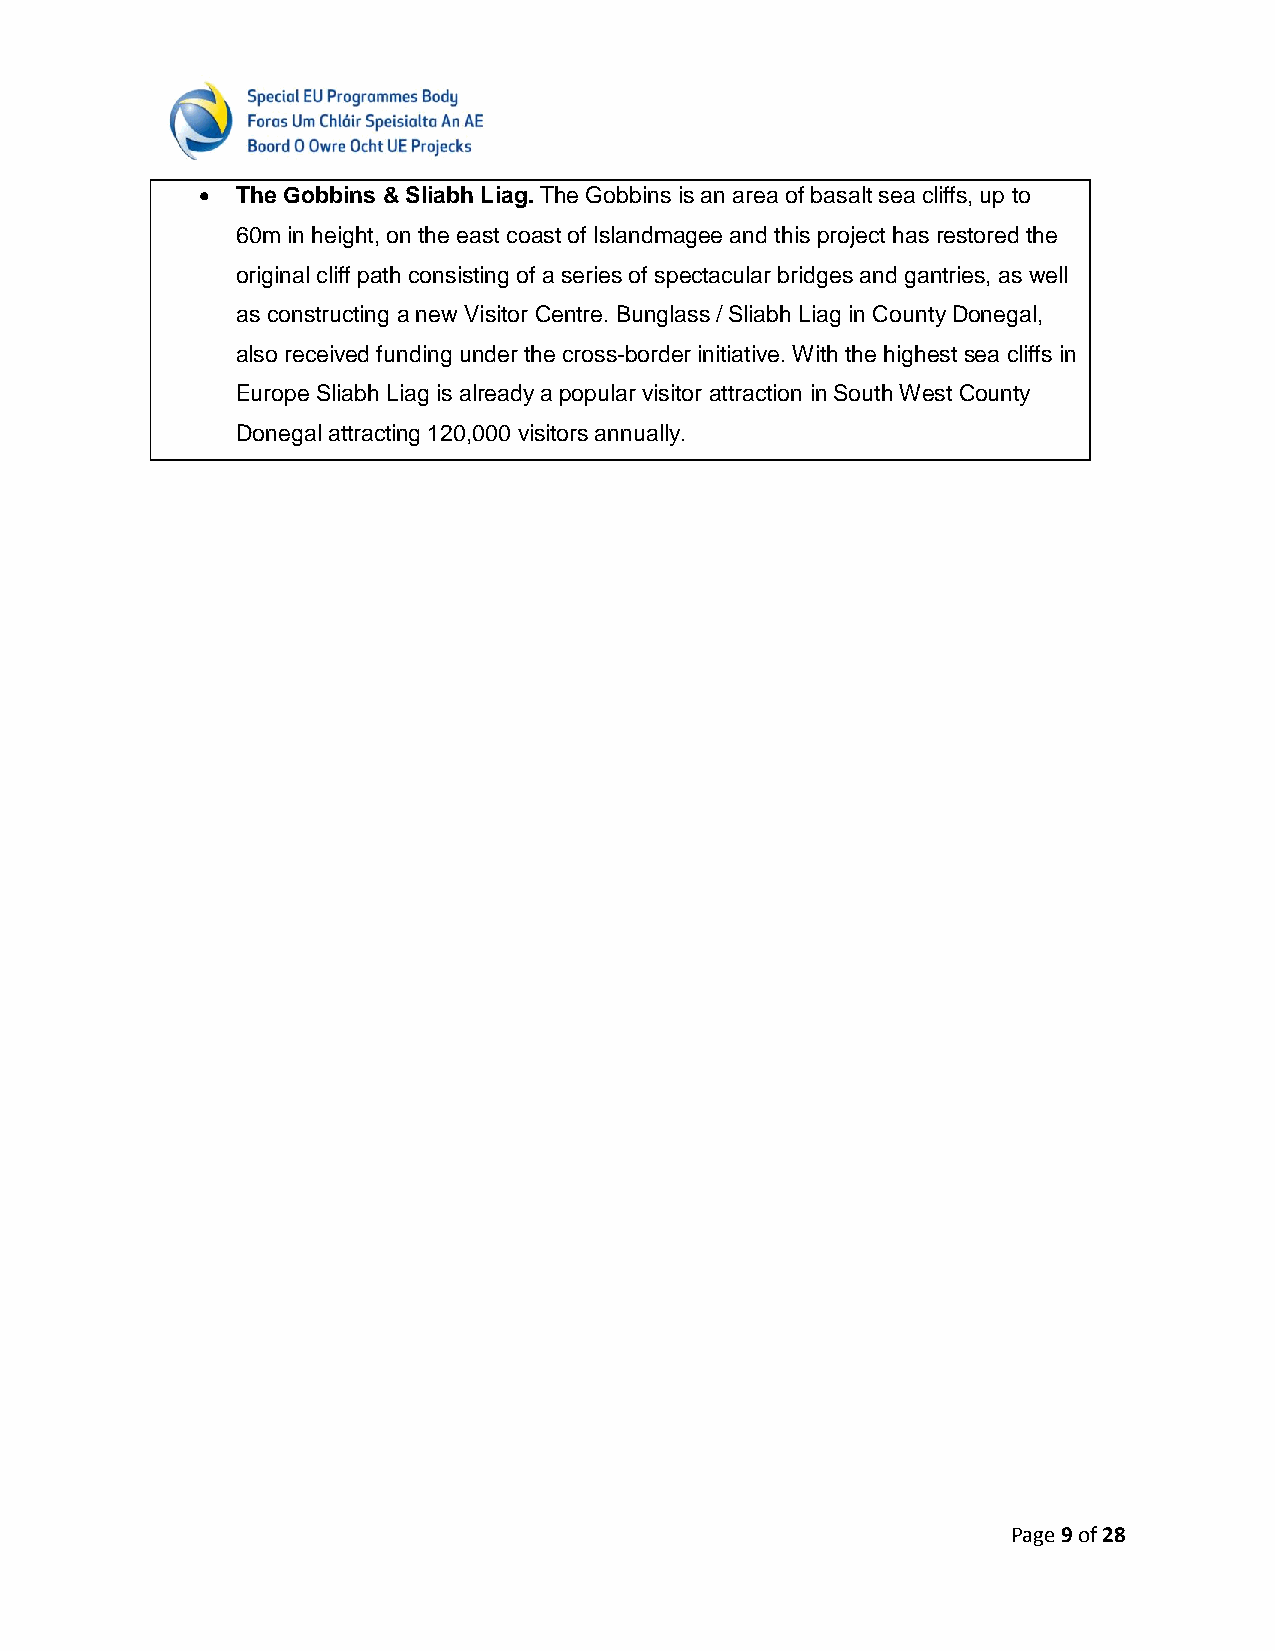
  The Gobbins & Sliabh Liag. The Gobbins is an area of basalt sea cliffs, up to
 60m in height, on the east coast of Islandmagee and this project has restored the
 original cliff path consisting of a series of spectacular bridges and gantries, as well
 as constructing a new Visitor Centre. Bunglass / Sliabh Liag in County Donegal,
 also received funding under the cross-border initiative. With the highest sea cliffs in
 Europe Sliabh Liag is already a popular visitor attraction in South West County
 Donegal attracting 120,000 visitors annually.
 Page 9 of 28